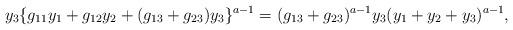
LaTeX: \begin{align*} y_3\{g_{11}y_1+g_{12}y_2+(g_{13}+g_{23})y_3\}^{a-1}=(g_{13}+g_{23})^{a-1}y_3(y_1+y_2+y_3)^{a-1}, \end{align*}